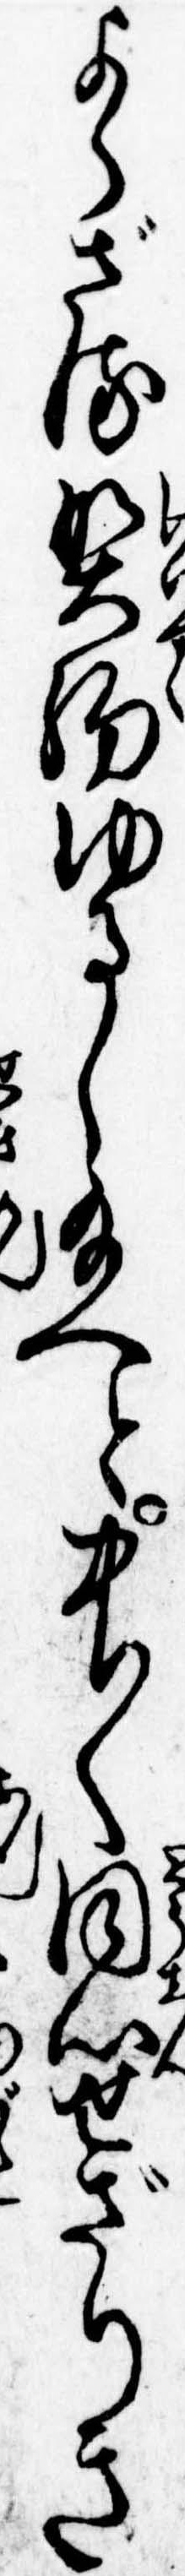
よらざる契約ゆるし給へと中〱同心せざりき